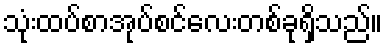
သုံးထပ်စာအုပ်စင်လေးတစ်ခုရှိသည်။